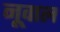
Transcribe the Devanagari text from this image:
नूवाल